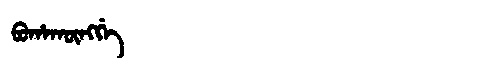
Manchu: ᠪᠣᡥᠠᡴᡡᠩᡤᡝ
Romanization: BOHAKŪNGGE